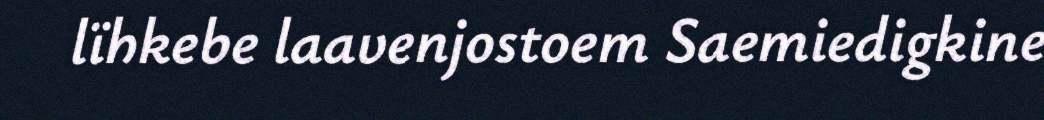
lïhkebe laavenjostoem Saemiedigkine